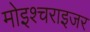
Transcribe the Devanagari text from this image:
मोइश्चराइजर